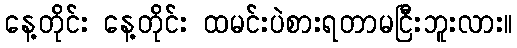
နေ့တိုင်း နေ့တိုင်း ထမင်းပဲစားရတာမငြီးဘူးလား။